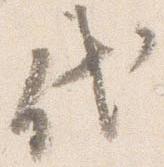
代